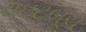
રાઇટબૂચ